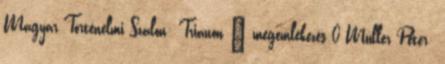
Magyar Történelmi Szalon: Trianon – megemlékezés 0 Müller Péter: